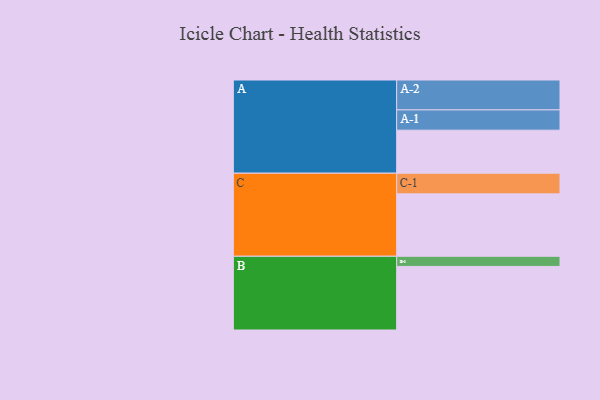
{"axis": {"x": "Segment", "y": "Value"}, "legend": ["", "A", "B", "C"], "data": [{"x": "A", "y": 373, "type": ""}, {"x": "B", "y": 551, "type": ""}, {"x": "C", "y": 541, "type": ""}, {"x": "A-1", "y": 176, "type": "A"}, {"x": "A-2", "y": 259, "type": "A"}, {"x": "B-1", "y": 88, "type": "B"}, {"x": "C-1", "y": 179, "type": "C"}]}